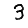
Digit: 3